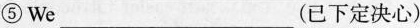
⑤We ___ ( 已下定决心)